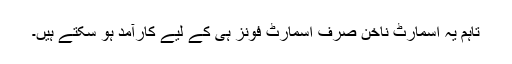
تاہم یہ اسمارٹ ناخن صرف اسمارٹ فونز ہی کے لیے کارآمد ہو سکتے ہیں۔